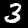
Label: 3